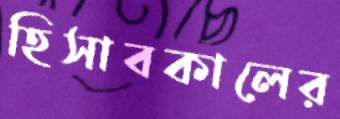
হিসাবকালের